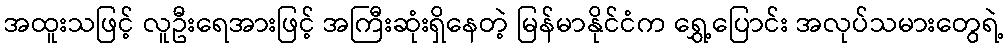
အထူးသဖြင့် လူဦးရေအားဖြင့် အကြီးဆုံးရှိနေတဲ့ မြန်မာနိုင်ငံက ရွှေ့ပြောင်း အလုပ်သမားတွေရဲ့